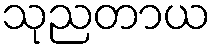
သုညတာယ